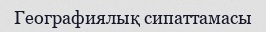
Географиялық сипаттамасы